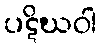
ပဋိဃဝါ